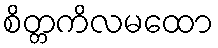
စိတ္တကိလမထော